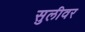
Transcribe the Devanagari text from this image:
सुलीवर